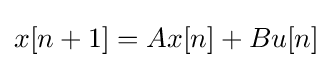
x[n+1]=Ax[n]+Bu[n]